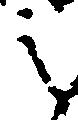
之